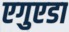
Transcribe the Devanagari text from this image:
एगुएडा